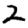
Digit: 2